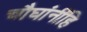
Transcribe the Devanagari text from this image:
चौघांनींहि